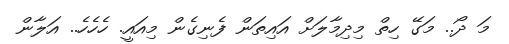
މަ ދޯ.. މަގޭ ހިތް މިދިމާލަށް އައިތަން ފެނިގެން މިއައީ. ހެހެހެ.. އަލާން